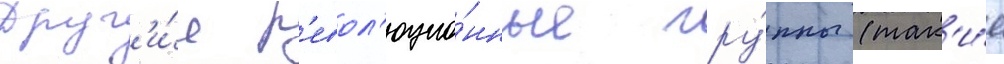
друг'и́е р'евол'юцио́нные гру́ппы (так'и́е